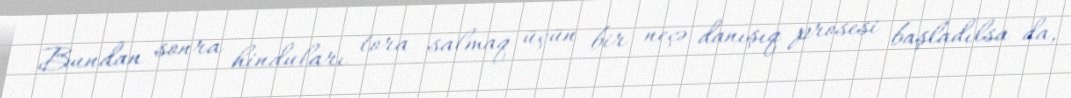
Bundan sonra hinduları tora salmaq üçün bir neçə danışıq prosesi başladılsa da,